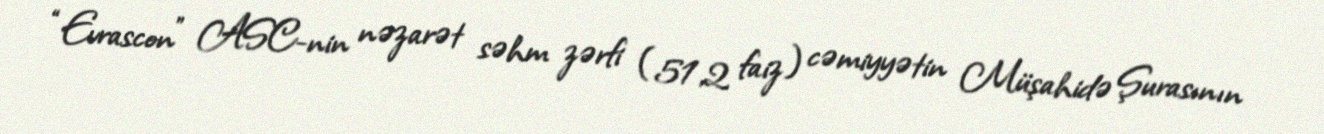
“Evrascon” ASC-nin nəzarət səhm zərfi (51,2 faiz) cəmiyyətin Müşahidə Şurasının